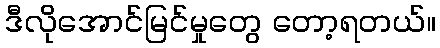
ဒီလိုအောင်မြင်မှုတွေ တော့ရတယ်။